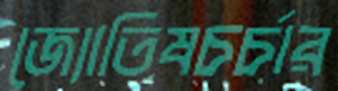
জ্যোতিষচর্চার